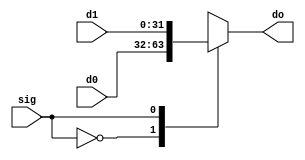
module mux2(
    input sig,
    input [31:0] d0, d1,

    output reg[31:0] do
);

always @* begin
    case (sig) 
        2'b0: do=d0;
        2'b1: do=d1;
        default: do=d0;
    endcase
end
endmodule

module mux4(
    input [1:0] signal,
    input [31:0] d0, d1, d2, d3, 

    output reg [31:0] do 
);

always @* begin
    case (signal) 
        2'b00: do=d0;
        2'b01: do=d1;
        2'b10: do=d2;
        2'b11: do=d3;
        default: do=d0;
    endcase
end
endmodule